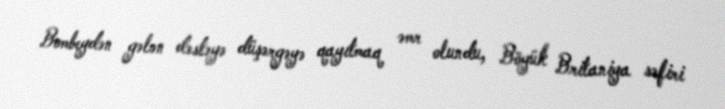
Bombeydən gələn dəstəyə düşərgəyə qayıtmaq əmr olundu, Böyük Britaniya səfiri